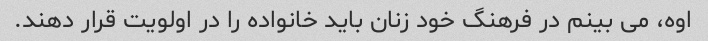
اوه، می بینم در فرهنگ خود زنان باید خانواده را در اولویت قرار دهند.